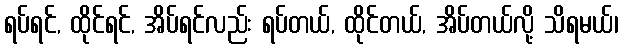
ရပ်ရင်, ထိုင်ရင်, အိပ်ရင်လည်း ရပ်တယ်, ထိုင်တယ်, အိပ်တယ်လို့ သိရမယ်၊